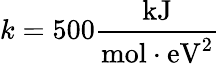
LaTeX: k=500\frac{\textrm{kJ}}{\textrm{mol}\cdot\textrm{eV}^{2}}